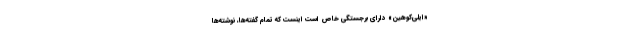
«ایلی‌کوهین» دارای برجستگی خاص است اینست که تمام گفته‌ها، نوشته‌ها